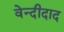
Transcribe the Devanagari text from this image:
वेन्दीदाद